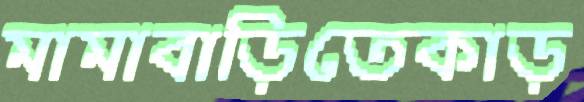
মামাবাড়িতেকাড়